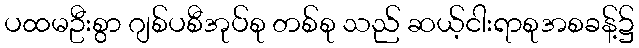
ပထမဦးစွာ ဂျစ်ပစီအုပ်စု တစ်စု သည် ဆယ့်ငါးရာစုအစခန့်၌